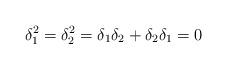
LaTeX: \begin{align*}\delta_1^2 = \delta_2^2 = \delta_1 \delta_2 + \delta_2\delta_1 = 0\end{align*}